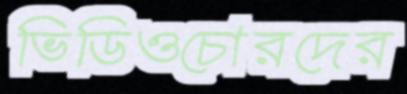
ভিডিওচোরদের